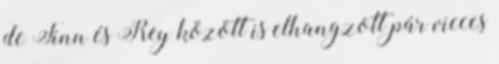
de Finn és Rey között is elhangzott pár vicces